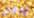
إدخل